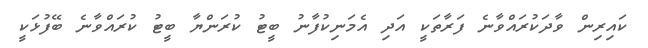
ކައިރިން ވާދަކުރައްވާނެ ފަރާތަކީ އަދި އެމަނިކުފާނު ބީޓު ކުރަންޔާ ބީޓު ކުރައްވާނެ ބޭފުޅަކީ